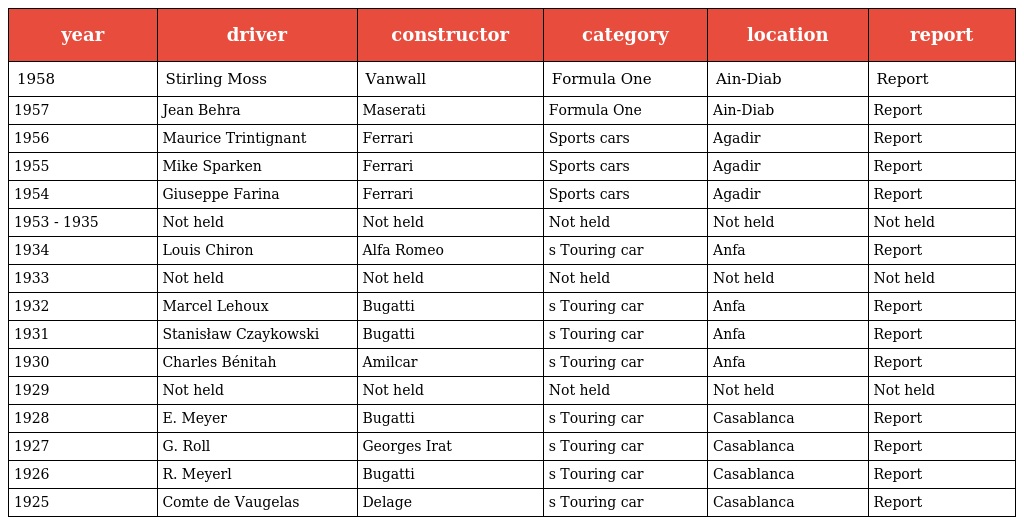
| year | driver | constructor | category | location | report |
 | --- | --- | --- | --- | --- | --- |
 | 1958 | Stirling Moss | Vanwall | Formula One | Ain-Diab | Report |
 | 1957 | Jean Behra | Maserati | Formula One | Ain-Diab | Report |
 | 1956 | Maurice Trintignant | Ferrari | Sports cars | Agadir | Report |
 | 1955 | Mike Sparken | Ferrari | Sports cars | Agadir | Report |
 | 1954 | Giuseppe Farina | Ferrari | Sports cars | Agadir | Report |
 | 1953 - 1935 | Not held | Not held | Not held | Not held | Not held |
 | 1934 | Louis Chiron | Alfa Romeo | s Touring car | Anfa | Report |
 | 1933 | Not held | Not held | Not held | Not held | Not held |
 | 1932 | Marcel Lehoux | Bugatti | s Touring car | Anfa | Report |
 | 1931 | Stanisław Czaykowski | Bugatti | s Touring car | Anfa | Report |
 | 1930 | Charles Bénitah | Amilcar | s Touring car | Anfa | Report |
 | 1929 | Not held | Not held | Not held | Not held | Not held |
 | 1928 | E. Meyer | Bugatti | s Touring car | Casablanca | Report |
 | 1927 | G. Roll | Georges Irat | s Touring car | Casablanca | Report |
 | 1926 | R. Meyerl | Bugatti | s Touring car | Casablanca | Report |
 | 1925 | Comte de Vaugelas | Delage | s Touring car | Casablanca | Report |